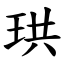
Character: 珙